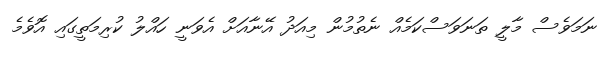
ނަމަވެސް މާލީ ތަނަވަސްކަމެއް ނެތުމުން މިއަދު އޭނާއަށް އެވަނީ ހައްލު ކުރިމަތީގައި އޮވެމެ